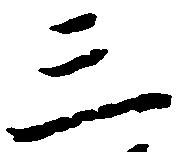
三